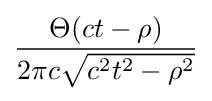
{\frac {\Theta (ct-\rho )}{2\pi c{\sqrt {c^{2}t^{2}-\rho ^{2}}}}}